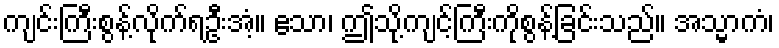
ကျင်းကြီးစွန့်လိုက်ရဦးအံ့။ ဧသာ၊ ဤသို့ကျင့်ကြီးကိုစွန့်ခြင်းသည်။ အသ္မာကံ၊